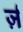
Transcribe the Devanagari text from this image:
र्ज़